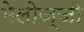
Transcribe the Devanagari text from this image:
मेलोज्ज़ो